Annual statistical returns and brief notes on vaccination in Bengal - 1887-1898
Year: 1887
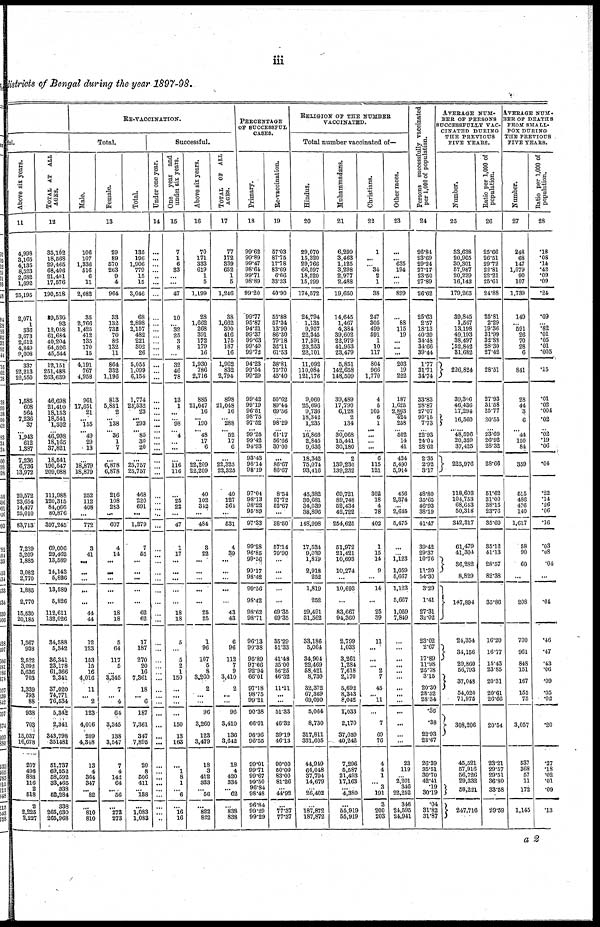
iii
districts of Bengal during the year 1897-98.
ful.
Above six years.
11
4,998
3,165
4,135
8,523
2,683
1,692
25,195
2,071
1
336
3,673
2,612
4,849
9,008
337
22,213
22,550
1,585
608
564
7,236
37
... 1,943
612
1.387
7,236
6,736
13,972
20,572
23,654
14,477
25,010
83,713
7,239
5,209
1,885
3,082
2,770
1,885
2,770
15,530
20,185
1,567
938
2,522
3,092
5,636
703
1,339
793
88
938
703
15,037
16,678
207
496
888
116
2
518
2
2,225
2,227
TOTAL AT ALL
AGES.
12
35,102
18,568
29,465
68,406
21,401
17,576
190,518
39,530
93
12,058
61,684
40,204
64,526
45,544
12,151
251,488
263,639
46,698
21,410
18,153
18,541
1,302
... 46,998
18,165
37,821
18,541
190,547
209,088
111,988
120,315
84,066
80,876
397,245
69,006
29,462
13,589
14,143
5,826
13,589
5,826
112,611
132,026
34,588
5,342
36,341
23,178
61,366
2,341
37,020
74,771
76,534
5,342
2,341
343,798
351,481
51,737
69,552
58,592
33,465
338
52,284
338
265,030
265,968
RE-VACCINATION.
Total.
Male.
Female.
Total.
13
106
107
1,336
516
6
11
2,082
35
2,766
1,425
412
135
170
15
4,191
767
4,958
961
17,651
21
... 155
... 49
29
13
...
18,879
18,879
252
112
408
...
772
3
41
...
...
...
...
...
44
44
12
123
153
15
16
4,016
11
... 2
123
4,016
209
4,348
13
4
364
347
... 82
...
810
810
29
89
570
263
9
4
964
33
132
732
70
86
132
11
864
332
1,196
813
5,881
2
... 138
... 36
1
7
...
6,878
6,878
216
108
283
...
607
4
14
...
...
...
...
...
18
18
5
64
117
5
...
3,345
7
... 4
64
3,345
138
3,547
7
4
142
64
... 56
...
273
273
135
196
1,906
779
15
15
3,046
68
2,898
2,157
482
221
302
26
5,055
1,099
6,154
1,774
23,532
23
... 293
... 85
30
20
...
25,757
25,757
468
220
691
...
1,379
7
55
...
...
...
...
...
62
62
17
187
270
20
16
7,361
18
... 6
187
7,361
347
7,895
20
8
506
411
... 138
...
1,083
1,083
Successful.
Under one year.
14
...
...
...
...
...
...
...
...
...
...
...
...
...
...
...
...
...
...
...
...
...
...
...
...
...
...
...
...
...
...
...
...
...
...
...
... ...
...
...
...
...
...
...
...
...
...
...
...
...
...
...
...
...
...
...
...
...
...
...
...
...
...
...
...
...
One year and
under six years.
15
7
1
6
33
...
...
47
10
... 32
25
3
8
...
32
46
78
13
1
...
... 98
... 4
...
...
...
116
116
...
25
22
...
47
1
17
...
...
...
...
...
18
18
5
...
5
2
1
150
...
...
...
...
150
13
163
...
1
8
1
... 6
...
16
16
Above six years.
16
70
171
333
619
1
5
1,199
28
1,662
268
391
172
179
16
1,930
786
2,716
885
21,047
16
... 190
... 48
17
6
...
22,209
22,209
40
102
342
...
484
3
22
...
...
...
...
...
25
25
1
96
107
5
8
3,260
2
...
...
96
3,260
123
3,479
18
3
412
333
... 56
...
822
822
TOTAL OF ALL
AGES.
17
77
172
339
652
1
5
1,246
38
1,662
300
416
175
187
16
1,962
832
2,794
898
21,048
16
... 288
... 52
17
6
...
22,325
22,325
40
127
364
...
531
4
39
...
...
...
...
...
43
43
6
96
112
7
9
3,410
2
...
...
96
3,410
136
3,642
18
4
420
334
... 62
...
838
838
PERCENTAGE
OF SUCCESSFUL
CASES.
Primary.
18
99.62
99.89
99.47
98.64
99.71
98.89
99.20
99.77
95.87
94.21
99.37
99.63
99.40
99.72
94.23
99.54
99.29
99.42
99.19
96.51
98.75
97.52
...
99.25
99.42
94.93
93.43
98.14
98.19
97.04
98.13
98.22
95.89
97.33
99.28
96.85
99.56
99.17
98.42
99.56
98.42
98.62
98.71
96.13
90.38
95.89
97.66
92.94
66.01
97.18
98.75
99.21
90.38
66.01
96.96
96.55
99.01
99.71
99.67
99.50
96.84
98.48
96.84
99.29
99.29
Re-vaccination.
19
57.03
87.75
17.78
83.69
6.66
33.33
40.90
55.88
57.34
13.90
86.30
79.18
32.11
61.53
38.81
75.70
45.40
50.62
89.44
69.56
... 98.29
... 61.17
56.66
30.00
...
86.67
86.67
8.54
57.72
52.67
...
38.50
57.14
70.90
...
...
...
...
...
69.35
69.35
35.29
51.33
41.48
35.00
56.25
46.32
11.11
...
...
51.33
46.32
39.19
46.13
90.00
50.00
83.00
81.26
...
44.92
...
77.37
77.37
RELIGION OF THE NUMBER
VACCINATED.
Total number vaccinated of—
Hindus.
20
29,070
15,320
29,766
66,597
18,520
15,299
174,572
24,794
1,135
9,957
22,345
17,591
23,253
22,101
11,092
110,084
121,176
9,060
25,696
9,736
18,342
1,235
... 16,866
2,845
9,636
18,342
75,074
93,416
45,382
30,681
34,039
38,896
148,998
17,534
9,069
1,819
2,918
252
1,819
252
29,491
31,562
33,186
5,064
34,904
22,469
58,421
8,730
32,372
67,369
69,090
5,064
8,730
317,811
331,605
44,949
64,048
37,794
14,679
... 26,402
...
187,872
187,872
Muhammadans.
21
6,299
3,463
1,125
3,298
2,977
2,488
19,650
14,645
1,467
4,384
39,602
22,979
41,953
23,479
5,851
142,658
148,509
39,489
17,790
6,128
2
134
...
30,068
15,441
30,180
2
139,230
139,232
69,721
89,748
52,434
42,722
254,625
51,972
21,421
10,693
10,274
...
10,693
...
83,667
94,360
2,799
1,033
3,261
1,284
7,618
2,170
5,692
8,343
8,042
1,033
2,170
37,039
40,242
7,296
5,587
21,493
17,163
... 4,380
...
55,919
55,919
Christians.
22
1
...
... 34
2
1
38
247
305
499
591
1
10
117
804
966
1,770
4
5
105
6
1
...
...
...
...
6
115
121
302
18
4
78
402
1
15
14
9
...
14
...
25
39
11
...
...
... 2
7
45
... 11
...
7
69
76
4
4
1
... 3
191
3
200
203
Other races.
23
...
... 635
194
...
...
829
...
88
115
19
...
...
...
203
19
222
187
1,625
2,863
424
258
... 502
14
41
424
5,490
5,914
456
2,374
...
2,645
5,475
...
... 1,123
1,059
5,667
1,123
5,667
1,059
7,849
...
...
...
...
...
...
...
...
...
...
...
...
...
23
119
... 2,201
346
22,252
346
24,595
24,941
Persons successfully vaccinated
per 1,000 of population.
24
26.84
23.69
29.24
27.17
23.50
27.89
26.62
25.63
2.57
18.13
40.39
34.48
34.66
39.44
1.77
31.71
34.74
33.83
28.87
27.07
90.15
7.73
... 22.93
24.04
28.62
2.35
2.92
3.17
48.80
35.65
46.93
38.19
41.47
39.42
29.37
10.76
11.20
54.30
3.29
1.41
27.31
32.02
23.02
2.67
17.89
11.98
25.78
3.15
20.30
28.52
28.34
.36
.38
22.93
23.67
26.39
35.51
30.70
42.41
.19
30.19
.04
31.82
31.87
AVERAGE NUM-
BER OF PERSONS
SUCCESSFULLY VAC-
CINATED DURING
THE PREVIOUS
FIVE YEARS.
Number.
25
33,638
20,965
30,301
57,987
20,229
16,143
179,263
39,845
1,567
13,198
49,193
38,497
52,842
31,682
226,824
39,306
46,436
17,294
16,560
... 48,596
20,359
37,425
225,976
118,603
104,753
68,643
50,318
342,317
61,479
41,304
36,282
8,829
147,894
24,354
34,156
29,860
56,793
37,048
54,020
71,975
308,206
45,521
57,916
56,726
29,332
58,221
247,716
Ratio per 1,000 of
population.
26
25.66
26.51
29.72
22.81
22.21
25.61
24.88
25.81
2.29
19.36
31.99
32.88
28.30
27.42
28.51
27.93
31.58
25.77
20.55
... 23.69
26.92
28.32
28.66
51.62
31.00
38.15
23.76
35.69
35.12
41.13
28.57
82.38
35.86
16.20
16.77
15.43
23.85
20.31
20.61
26.66
20.54
23.21
29.57
29.51
36.80
33.58
29.59
AVERAGE NUM¬
BER OF DEATHS
FROM SMALL-
POX DURING
THE PREVIOUS
FIVE YEARS.
Number.
27
248
68
147
1,079
90
107
1,739
149
... 591
26
70
28
6
841
28
44
3
6
... 44
150
84
359
515
486
476
140
1,617
58
90
60
...
208
700
961
848
151
167
155
75
3,057
537
368
57
11
172
1,145
Ratio per 1,000 of
population.
28
.18
.08
.14
.42
.09
.09
.24
.09
... .82
.01
.05
.01
.005
.15
.01
.02
.004
.02
... .02
.19
.06
.04
.22
.14
.26
.06
.16
.03
.08
.04
...
.04
.46
.47
.43
.06
.09
.05
.02
.20
.27
.18
.02
.01
.09
.13
a 2